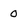
Character: 0